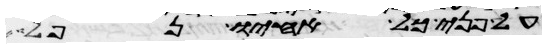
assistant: על פני כל אחיו נפל